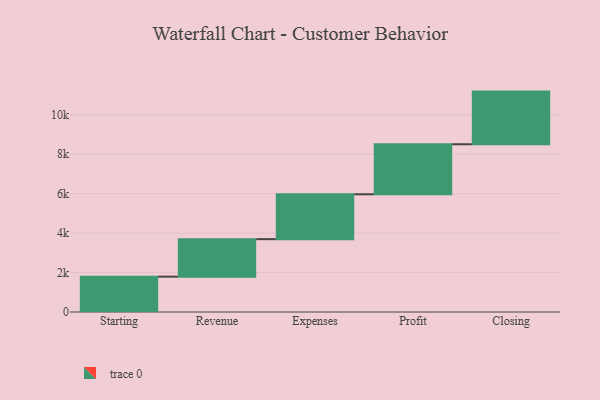
{"axis": {"x": "Step", "y": "Value"}, "legend": [""], "data": [{"x": "Starting", "y": 1792.0, "type": ""}, {"x": "Revenue", "y": 1901.0, "type": ""}, {"x": "Expenses", "y": 2275.0, "type": ""}, {"x": "Profit", "y": 2536.0, "type": ""}, {"x": "Closing", "y": 2670.0, "type": ""}]}